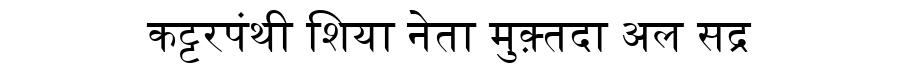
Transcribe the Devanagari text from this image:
कट्टरपंथी शिया नेता मुक़्तदा अल सद्र